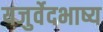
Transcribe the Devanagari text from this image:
यजुर्वेदभाष्य